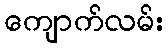
ကျောက်လမ်း